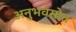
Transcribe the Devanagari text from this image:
अनुभवस्रोत